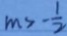
m > - \frac { 1 } { 2 }